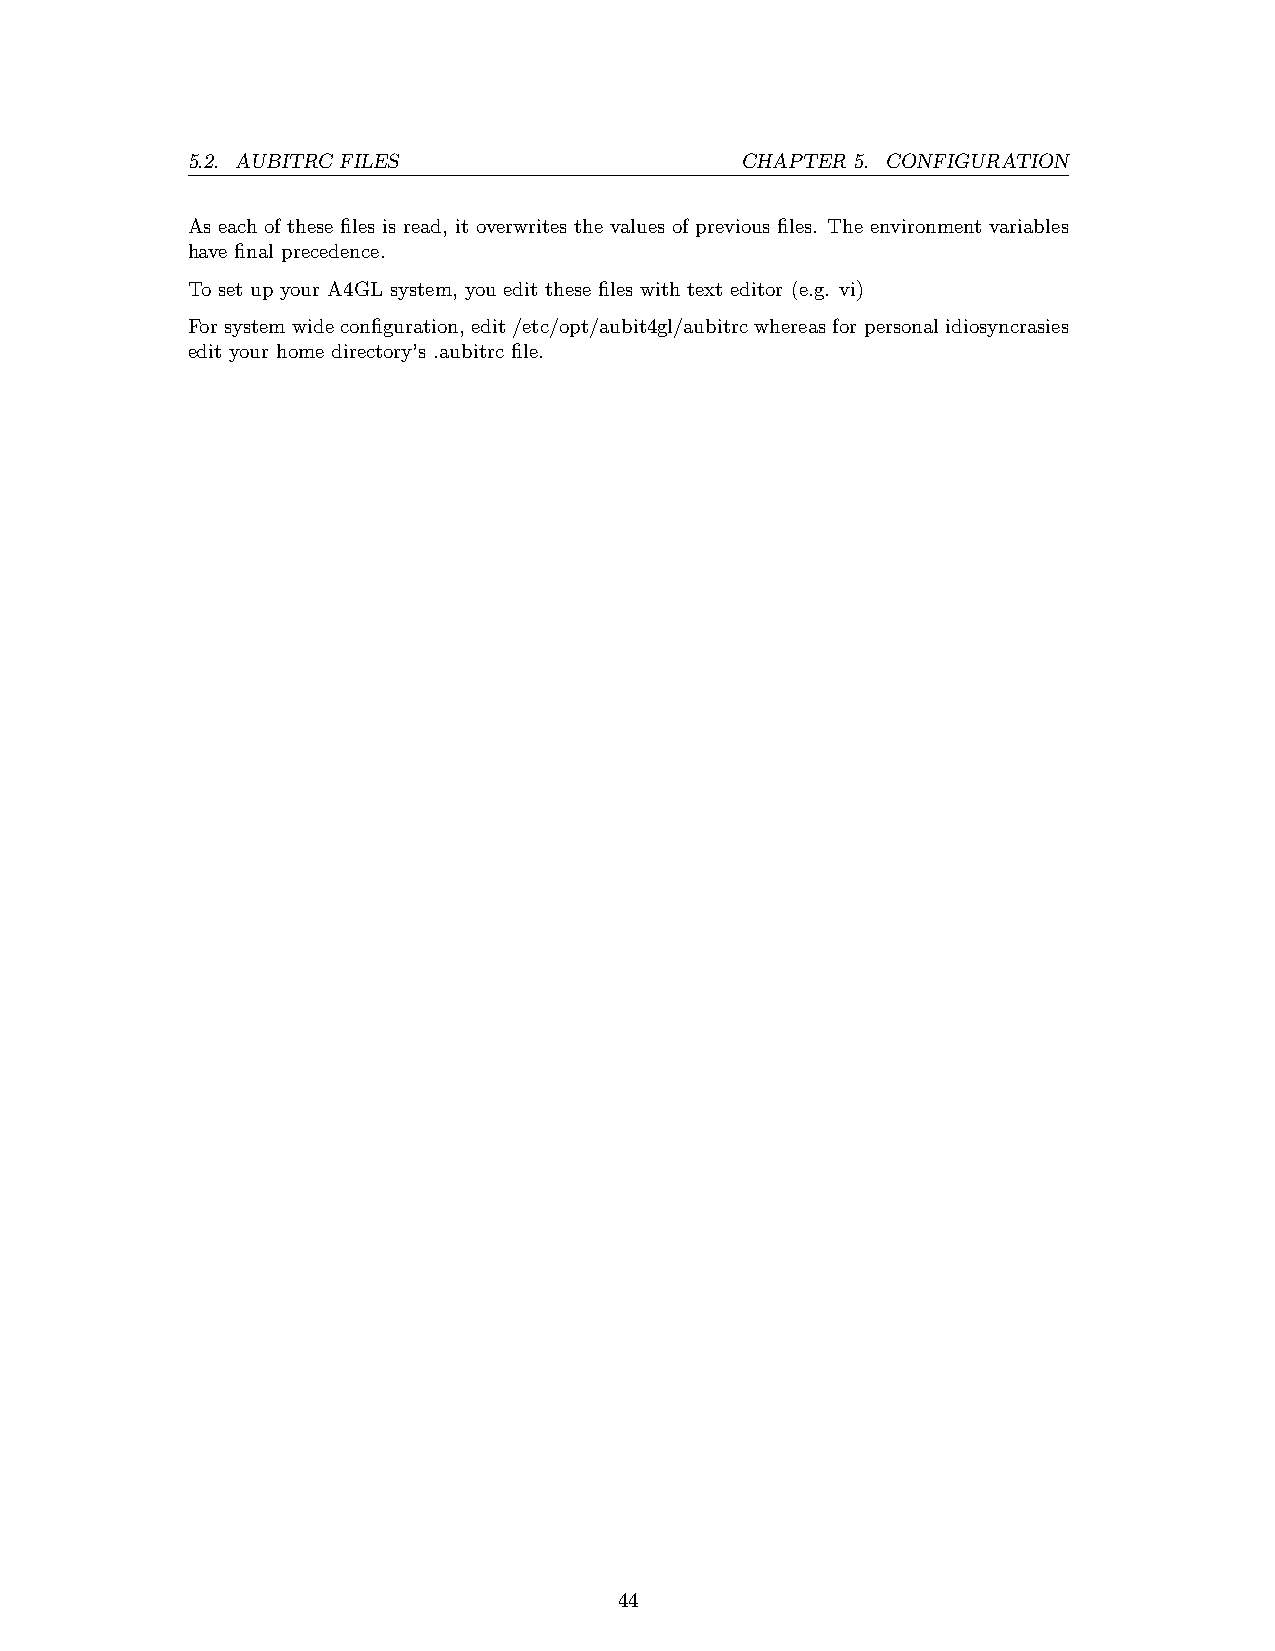
5.2. AUBITRC FILES                   CHAPTER 5. CONFIGURATION
 As each of these files is read, it overwrites the values of previous files. The environment variables
 have final precedence.
 To set up your A4GL system, you edit these files with text editor (e.g. vi)
 For systemwide configuration, edit /etc/opt/aubit4gl/aubitrc whereas forpersonal idiosyncrasies
 edit your home directory’s .aubitrc file.
 44